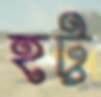
হট্ট